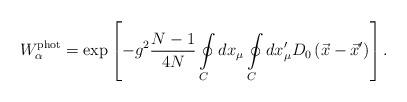
LaTeX: \begin{align*}W_\alpha^{\rm phot}=\exp\left[-g^2\frac{N-1}{4N}\oint\limits_{C}^{}dx_\mu\oint\limits_{C}^{}dx'_\mu D_0\left(\vec x-\vec x'\right)\right].\end{align*}